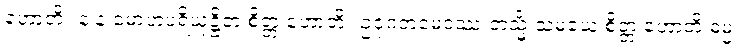
ဟောတိ။ န န မောဟပရိယုဋ္ဌိတံ စိတ္တံ ဟောတိ။ ဥဇုဂတမေဝဿ တသ္မိံ သမယေ စိတ္တံ ဟောတိ ဓမ္မံ